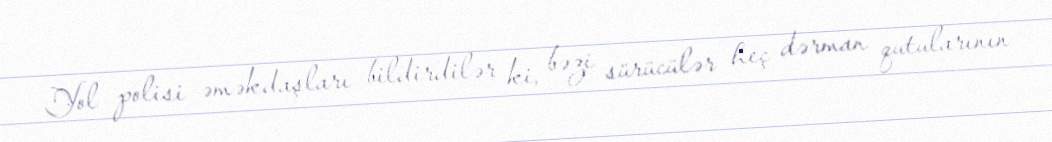
Yol polisi əməkdaşları bildirdilər ki, bəzi sürücülər heç dərman qutularının